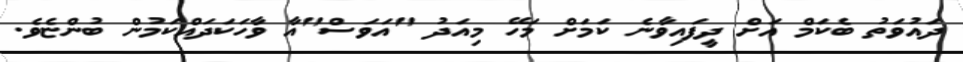
ދައުވަތު ބެކަމް އަށް ދީފައިވާނެ ކަމަށް މަހޭ މިއަދު "އަވަސް"އާ ވާހަކަދައްކަމުން ބުންޏެވެ.